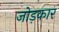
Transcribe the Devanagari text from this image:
जोड़कार